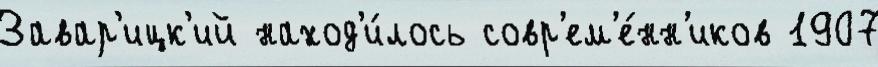
Завар'ицк'ий наход'и́лось совр'ем'е́нн'иков 1907